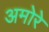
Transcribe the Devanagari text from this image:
अमोरे